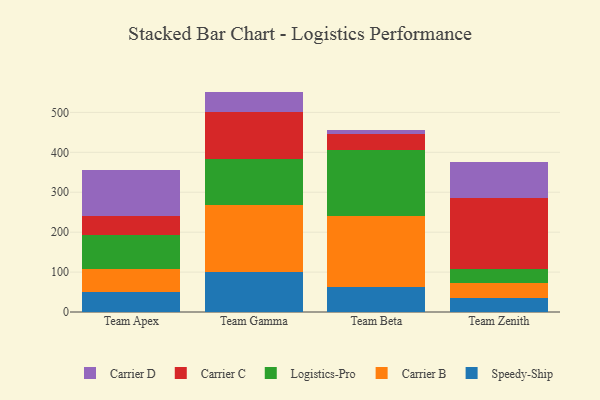
{"axis": {"x": "Team", "y": "Net Income (USD K)"}, "legend": ["Carrier B", "Carrier C", "Carrier D", "Logistics-Pro", "Speedy-Ship"], "data": [{"x": "Team Apex", "y": 51.1, "type": "Speedy-Ship"}, {"x": "Team Apex", "y": 57.4, "type": "Carrier B"}, {"x": "Team Apex", "y": 83.5, "type": "Logistics-Pro"}, {"x": "Team Apex", "y": 49.0, "type": "Carrier C"}, {"x": "Team Apex", "y": 115.7, "type": "Carrier D"}, {"x": "Team Gamma", "y": 101.2, "type": "Speedy-Ship"}, {"x": "Team Gamma", "y": 167.1, "type": "Carrier B"}, {"x": "Team Gamma", "y": 116.1, "type": "Logistics-Pro"}, {"x": "Team Gamma", "y": 116.4, "type": "Carrier C"}, {"x": "Team Gamma", "y": 51.3, "type": "Carrier D"}, {"x": "Team Beta", "y": 63.2, "type": "Speedy-Ship"}, {"x": "Team Beta", "y": 176.4, "type": "Carrier B"}, {"x": "Team Beta", "y": 166.2, "type": "Logistics-Pro"}, {"x": "Team Beta", "y": 40.0, "type": "Carrier C"}, {"x": "Team Beta", "y": 10.5, "type": "Carrier D"}, {"x": "Team Zenith", "y": 36.1, "type": "Speedy-Ship"}, {"x": "Team Zenith", "y": 36.6, "type": "Carrier B"}, {"x": "Team Zenith", "y": 36.1, "type": "Logistics-Pro"}, {"x": "Team Zenith", "y": 177.0, "type": "Carrier C"}, {"x": "Team Zenith", "y": 89.9, "type": "Carrier D"}]}